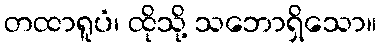
တထာရူပံ၊ ထိုသို့ သဘောရှိသော။